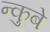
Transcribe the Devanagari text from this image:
न्कुबे